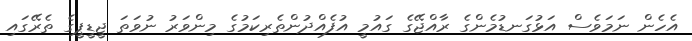
އެހެން ނަމަވެސް އަޅުގަނޑުމެންގެ ރާއްޖޭގެ ގައުމީ އުފެއްދުންތެރިކަމުގެ މިންވަރު ނުވަތަ ޖީޑީޕީގެ ތެރޭގައި